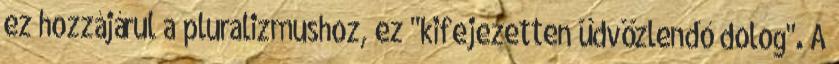
ez hozzájárul a pluralizmushoz, ez "kifejezetten üdvözlendő dolog". A